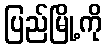
ပြည်မြို့ကို